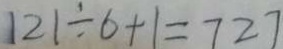
1 2 1 \div 6 + 1 = 7 2 7